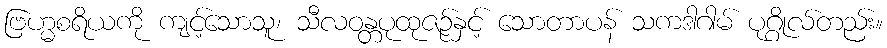
ဗြဟ္မစရိယကို ကျင့်သောသူ၊ သီလဝန္တပုထုဇဉ်နှင့် သောတာပန် သကဒါဂါမ် ပုဂ္ဂိုလ်တည်း။